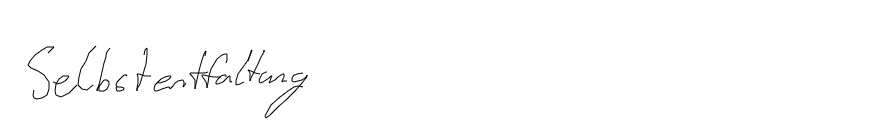
Selbstentfaltung